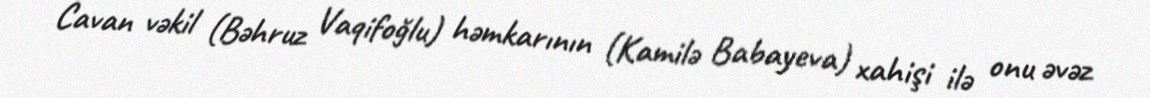
Cavan vəkil (Bəhruz Vaqifoğlu) həmkarının (Kamilə Babayeva) xahişi ilə onu əvəz